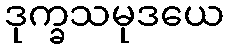
ဒုက္ခသမုဒယေ